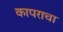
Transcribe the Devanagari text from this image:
कापराचा